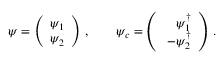
\psi = \left( \begin{array} { c } { { \psi _ { 1 } } } \\ { { \psi _ { 2 } } } \end{array} \right) \, , \qquad \psi _ { c } = \left( \begin{array} { r } { { \psi _ { 1 } ^ { \dagger } } } \\ { { \ - \psi _ { 2 } ^ { \dagger } } } \end{array} \right) \, .